Punjab Mental Hospital Lahore 1922-31 - 1922-1931
Year: 1922
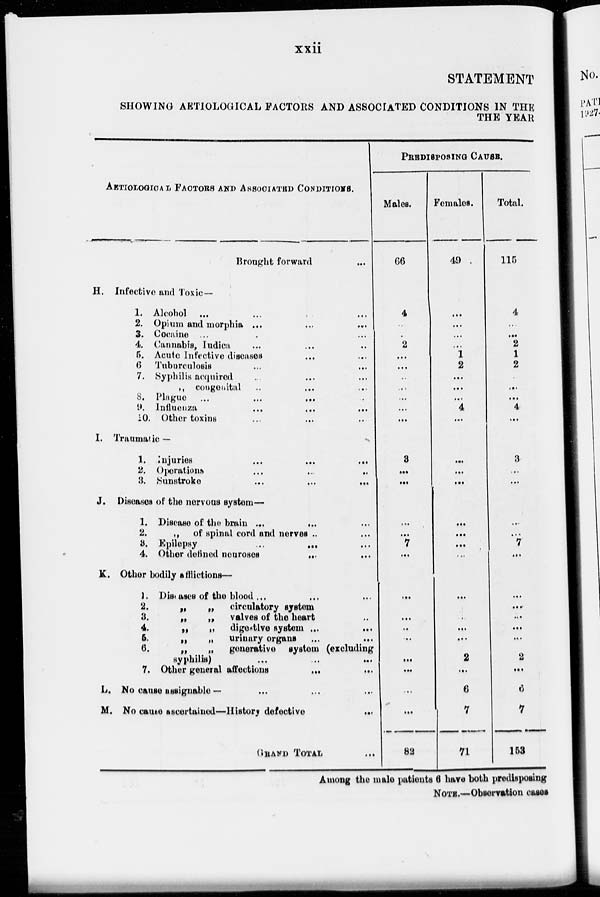
xxii
STATEMENT
SHOWING AETIOLOGICAL FACTORS AND ASSOCIATED CONDITIONS IN THE
THE YEAR
AETIOLOGOICAL FACTORS AND ASSOCIATED CONDITIONS.
Brought forward ...
H.
I.
J.
K.
L.
M.
Infectivc and Toxic—
1.
2.
3.
4.
5.
6
7.
8.
9.
10.
Alcohol ...
...
...
Opium and morphia ...
...
...
Cocaine ... ...
Cannabis, Indica ... ... ...
Acute Infective diseases ... ... ...
Tuburculosis ... ...
Syphilis acquired .. ... ...
„ congenital .. ... ...
Plague ... ... ...
Influenza
...
...
...
Other toxins ... ... ...
Traumatic —
1.
2.
3.
Injuries
...
...
...
Operations ... ... ...
Sunstroke
...
...
...
Diseases of the nervous system—
1.
2.
3.
4.
Disease of the brain ...
...
...
„ of spinal cord and nerves ... ...
Epilepsy
...
...
...
Other defined neuroses
...
...
Other
bodily afflictions—
1.
2.
3.
4.
5.
6.
7.
Diseases of the blood ... ... ...
„
„
circulatory system
„
„
valves of the heart ...
„
„
digestive system ...
...
„
„
urinary organs ... ...
„
„ generative system (excluding
syphilis)
...
...
...
Other general affections
...
...
No cause assignable —
No cause ascertained—History defective
...
GRAND TOTAL ...
PREDISPOSING CAUSE.
Males.
66
4
...
...
2
...
...
...
...
...
...
...
3
...
...
...
...
7
...
...
...
...
...
...
...
...
...
82
Females.
49
...
...
...
...
1
2
...
...
...
4
...
...
...
...
...
...
...
...
...
...
...
...
2
...
6
7
71
Total.
115
4
...
...
2
1
2
...
...
...
4
...
3
...
...
...
...
7
...
...
...
...
...
...
2
...
6
7
153
Among the male patients 6 have both predisposing
NOTE.—Observation cases